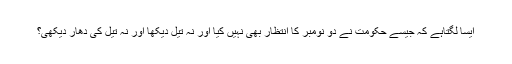
ایسا لگتاہے کہ جیسے حکومت نے دو نومبر کا انتظار بھی نہیں کیا اور نہ تیل دیکھا اور نہ تیل کی دھار دیکھی؟